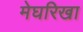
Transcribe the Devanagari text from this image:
मेघरिखा